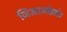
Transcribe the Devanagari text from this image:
जिआओझोउ